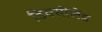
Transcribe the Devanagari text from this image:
डिक्सीलैंड